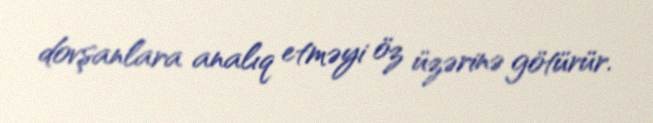
dovşanlara analıq etməyi öz üzərinə götürür.